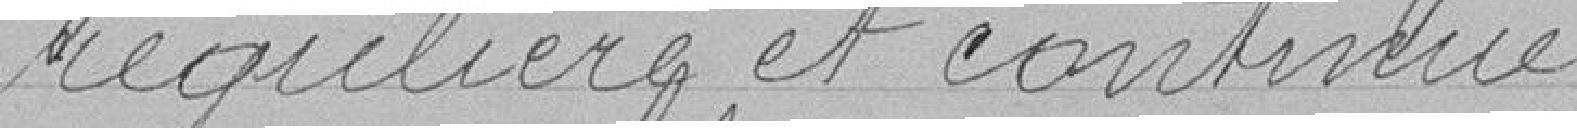
régulière et continue.